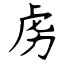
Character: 虏